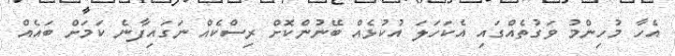
އެހާ މުހިންމު ވަގުތެއްގައި އެކަހަލަ އުކުޅެއް ބޭނުންކޮށް ރިސްކެއް ނަގައިފާނެ ކަމަށް ބައެއް